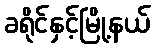
ခရိုင်နှင့်မြို့နယ်